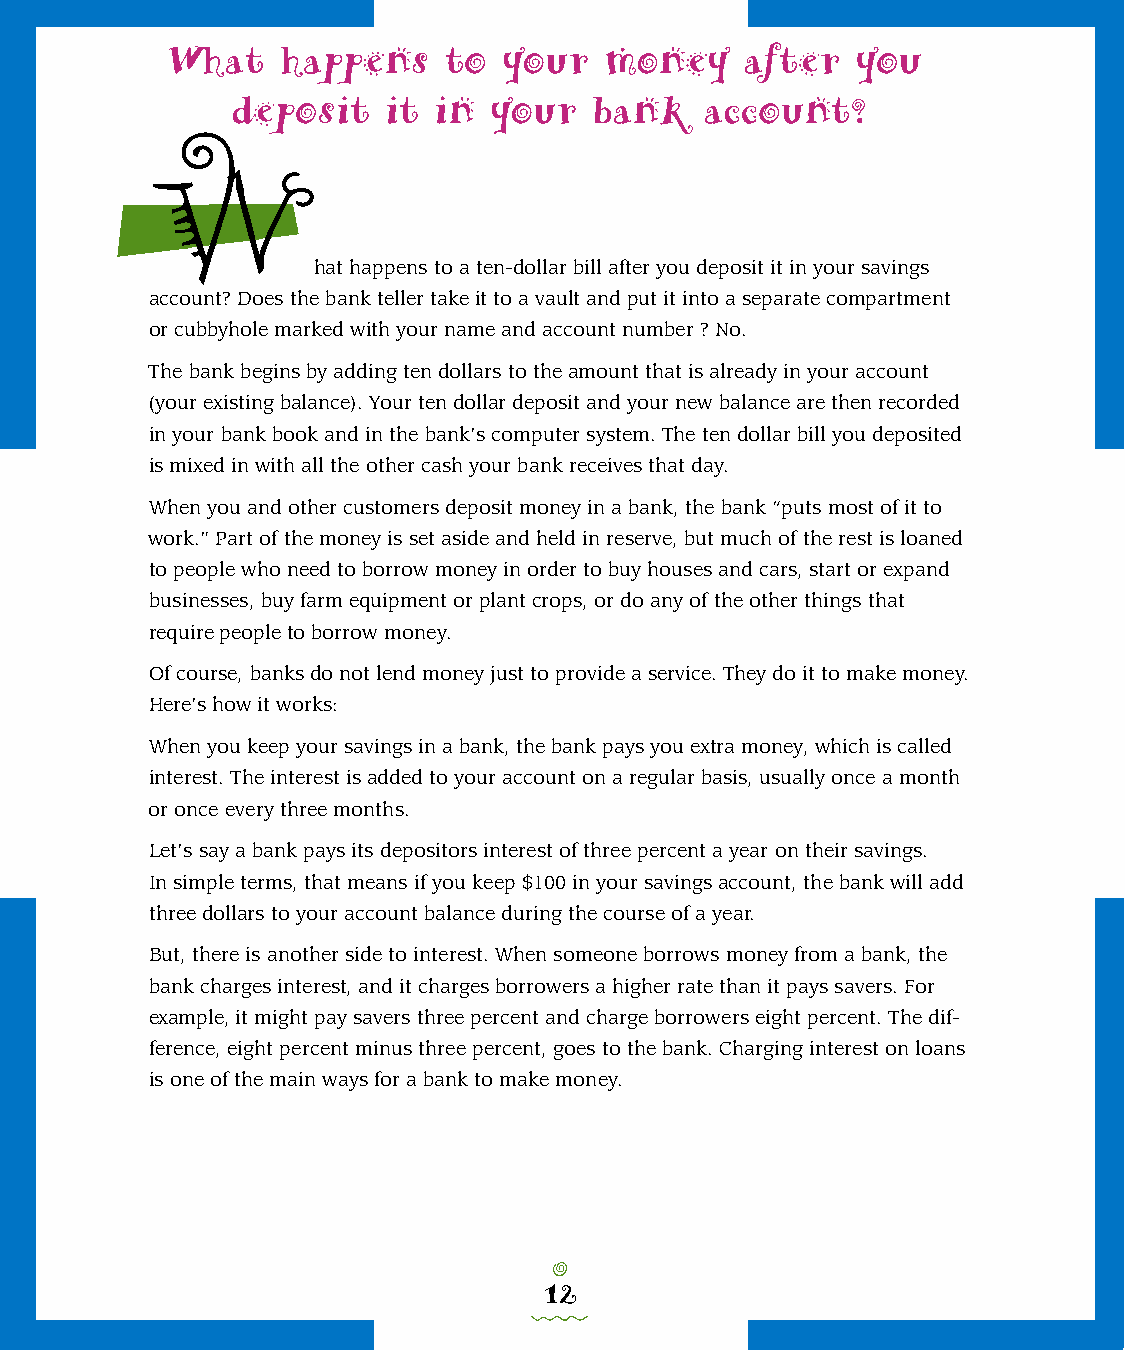
What    happens   to  your   money    after   you
 deposit   it  in your   bank    account?
 W
 hat happens to a ten-dollar bill after you deposit it in your savings
 account? Does the bank teller take it to a vault and put it into a separate compartment
 or cubbyhole marked with your name and account number ? No.
 The bank begins by adding ten dollars to the amount that is already in your account
 (your existing balance). Your ten dollar deposit and your new balance are then recorded
 in your bank book and in the bank’s computer system. The ten dollar bill you deposited
 is mixed in with all the other cash your bank receives that day.
 When you and other customers deposit money in a bank, the bank “puts most of it to
 work.” Part of the money is set aside and held in reserve, but much of the rest is loaned
 to people who need to borrow money in order to buy houses and cars, start or expand
 businesses, buy farm equipment or plant crops, or do any of the other things that
 require people to borrow money.
 Of course, banks do not lend money just to provide a service. They do it to make money.
 Here’s how it works:
 When you keep your savings in a bank, the bank pays you extra money, which is called
 interest. The interest is added to your account on a regular basis, usually once a month
 or once every three months.
 Let’s say a bank pays its depositors interest of three percent a year on their savings.
 In simple terms, that means if you keep $100 in your savings account, the bank will add
 three dollars to your account balance during the course of a year.
 But, there is another side to interest. When someone borrows money from a bank, the
 bank charges interest, and it charges borrowers a higher rate than it pays savers. For
 example, it might pay savers three percent and charge borrowers eight percent. The dif-
 ference, eight percent minus three percent, goes to the bank. Charging interest on loans
 is one of the main ways for a bank to make money.
 o
 12
 0